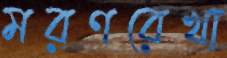
মরণরেখা